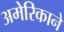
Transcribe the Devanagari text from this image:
अमेरिकाने